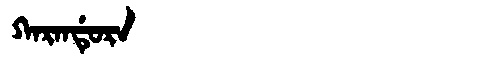
Manchu: ᡴᠠᡵᠠᠨᡩᡠᡵᠠ
Romanization: KARANDURA